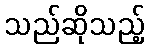
သည်ဆိုသည့်